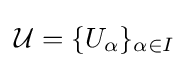
{\mathcal {U}}=\{U_{\alpha }\}_{\alpha \in I}